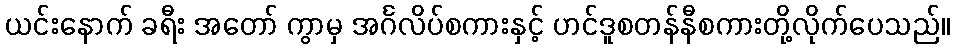
ယင်းနောက် ခရီး အတော် ကွာမှ အင်္ဂလိပ်စကားနှင့် ဟင်ဒူစတန်နီစကားတို့လိုက်ပေသည်။